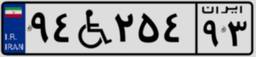
۹۴W۲۵۴۹۳